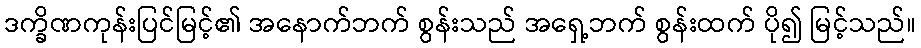
ဒက္ခိဏကုန်းပြင်မြင့်၏ အနောက်ဘက် စွန်းသည် အရှေ့ဘက် စွန်းထက် ပို၍ မြင့်သည်။